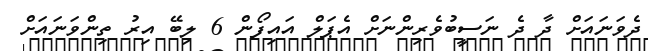
ދެވަނައަށް ދާ ދެ ނަސީބުވެރިންނަށް އެޕަލް އައިފޯން 6 ލިބޭ އިރު ތިންވަނައަށް